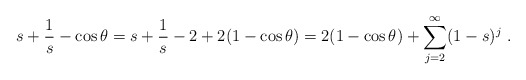
\begin{align*} s+\frac 1s-\cos\theta=s+\frac 1s-2+2(1-\cos\theta)=2(1-\cos\theta)+\sum_{j=2}^\infty (1-s)^j\ .\end{align*}